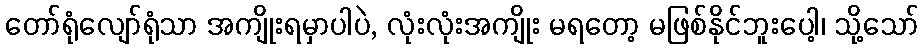
တော်ရုံလျော်ရုံသာ အကျိုးရမှာပါပဲ, လုံးလုံးအကျိုး မရတော့ မဖြစ်နိုင်ဘူးပေါ့၊ သို့သော်